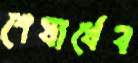
শেষার্ধেব